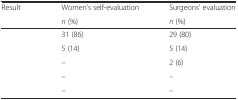
<table><thead><tr><td rowspan="2"><b>Result</b></td><td><b>Women’s self-evaluation</b></td><td><b>Surgeons’ evaluation</b></td></tr><tr><td><b><i>n</i> (%)</b></td><td><b><i>n</i> (%)</b></td></tr></thead><tbody><tr><td>[EMPTY_CELL]</td><td>31 (86)</td><td>29 (80)</td></tr><tr><td>[EMPTY_CELL]</td><td>5 (14)</td><td>5 (14)</td></tr><tr><td>[EMPTY_CELL]</td><td>–</td><td>2 (6)</td></tr><tr><td>[EMPTY_CELL]</td><td>–</td><td>–</td></tr><tr><td>[EMPTY_CELL]</td><td>–</td><td>–</td></tr></tbody></table>